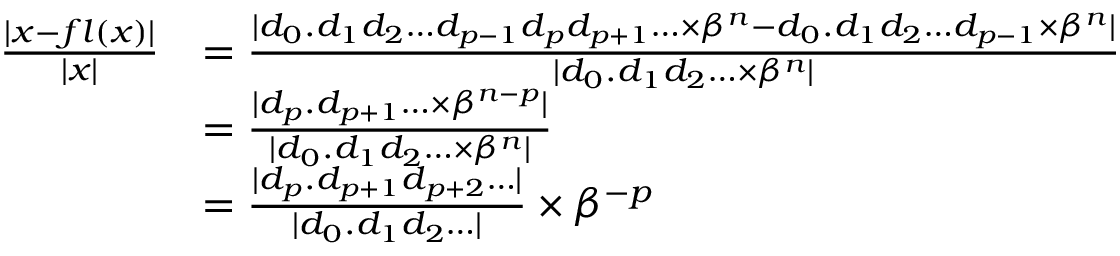
{ \begin{array} { r l } { { \frac { | x - f l ( x ) | } { | x | } } } & { = { \frac { | d _ { 0 } . d _ { 1 } d _ { 2 } \ldots d _ { p - 1 } d _ { p } d _ { p + 1 } \ldots \times \beta ^ { n } - d _ { 0 } . d _ { 1 } d _ { 2 } \ldots d _ { p - 1 } \times \beta ^ { n } | } { | d _ { 0 } . d _ { 1 } d _ { 2 } \ldots \times \beta ^ { n } | } } } \\ & { = { \frac { | d _ { p } . d _ { p + 1 } \ldots \times \beta ^ { n - p } | } { | d _ { 0 } . d _ { 1 } d _ { 2 } \ldots \times \beta ^ { n } | } } } \\ & { = { \frac { | d _ { p } . d _ { p + 1 } d _ { p + 2 } \ldots | } { | d _ { 0 } . d _ { 1 } d _ { 2 } \ldots | } } \times \beta ^ { - p } } \end{array} }